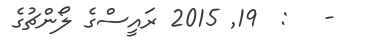
-   :  19